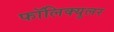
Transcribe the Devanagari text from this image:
फॉलिक्युलर